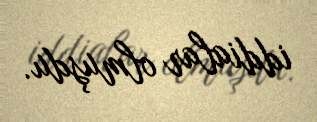
iddialar olmuşdu.